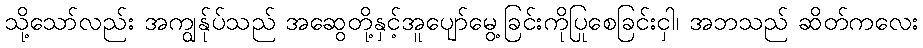
သို့သော်လည်း အကျွန်ုပ်သည် အဆွေတို့နှင့်အူပျော်မွေ့ခြင်းကိုပြုစေခြင်းငှါ၊ အဘသည် ဆိတ်ကလေး